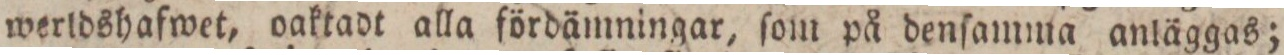
werldshafwet, oaktadt alla fördämningar, ſom på denſamma anläggas;